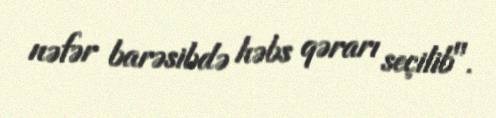
nəfər barəsibdə həbs qərarı seçilib".